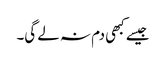
جیسے کبھی دم نہ لے گی۔